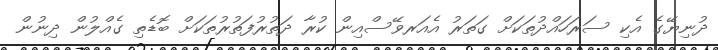
ދުނިޔޭގެ އެކި ސަރަހައްދުތަކަށް ގަތަރު އެއަރވޭސްއިން ކުރާ ދަތުރުފަތުރުތަކަށް ބޮޑެތި ގެއްލުން ދިނުން